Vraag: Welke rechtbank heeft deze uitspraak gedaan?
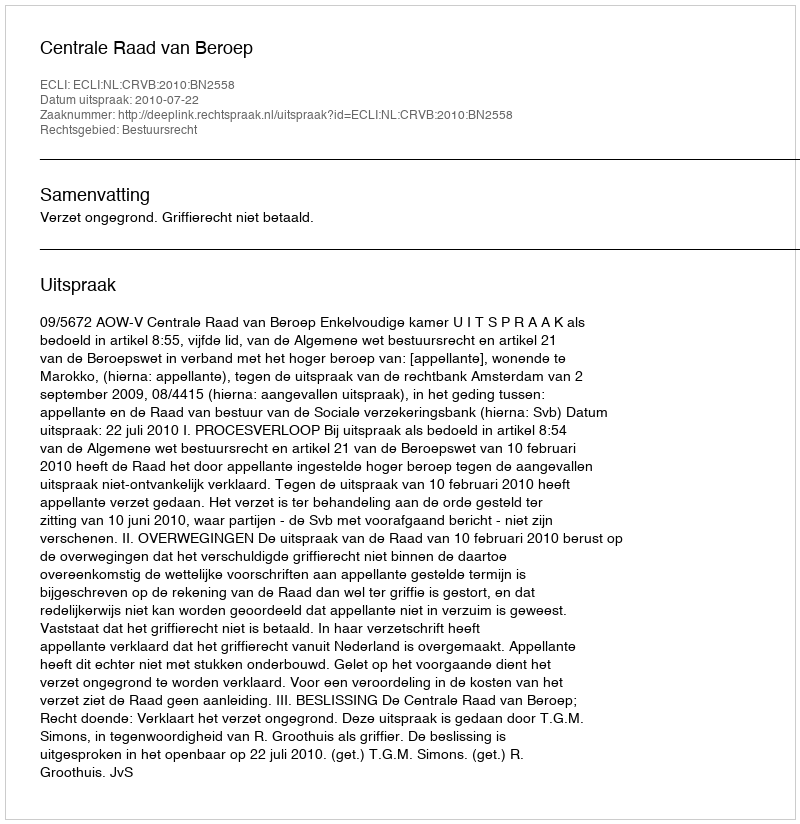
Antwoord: Centrale Raad van Beroep